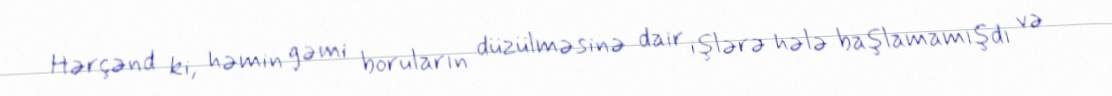
Hərçənd ki, həmin gəmi boruların düzülməsinə dair işlərə hələ başlamamışdı və